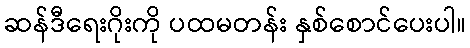
ဆန်ဒီရေးဂိုးကို ပထမတန်း နှစ်စောင်ပေးပါ။